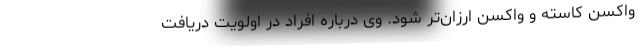
واکسن کاسته و واکسن ارزان‌تر شود. وی درباره افراد در اولویت دریافت